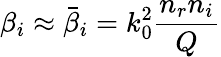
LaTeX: \beta_{i}\approx\bar{\beta}_{i}=k_{0}^{2}\frac{n_{r}n_{i}}{Q}